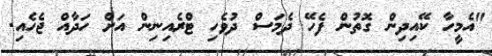
"އެމީހާ ކޭއިދިން ގޮތުން ފެހޭ ދެމަސް ދުވެހި ޓްރެއިނިން އަށް ހަދާއް ޖެހެއި.